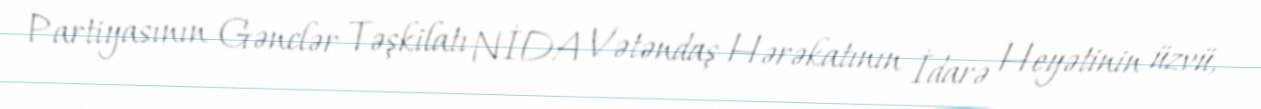
Partiyasının Gənclər Təşkilatı NİDA Vətəndaş Hərəkatının İdarə Heyətinin üzvü,